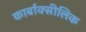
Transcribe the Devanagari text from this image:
कार्बाक्सीलिक